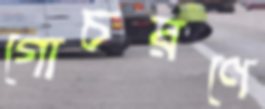
গোচরণে